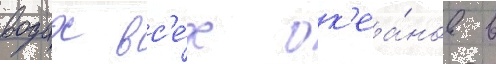
водах вс'е́х ок'еа́нов в